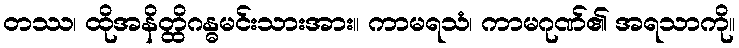
တဿ၊ ထိုအနိတ္ထိဂန္ဓမင်းသားအား။ ကာမရသံ၊ ကာမဂုဏ်၏ အရသာကို။